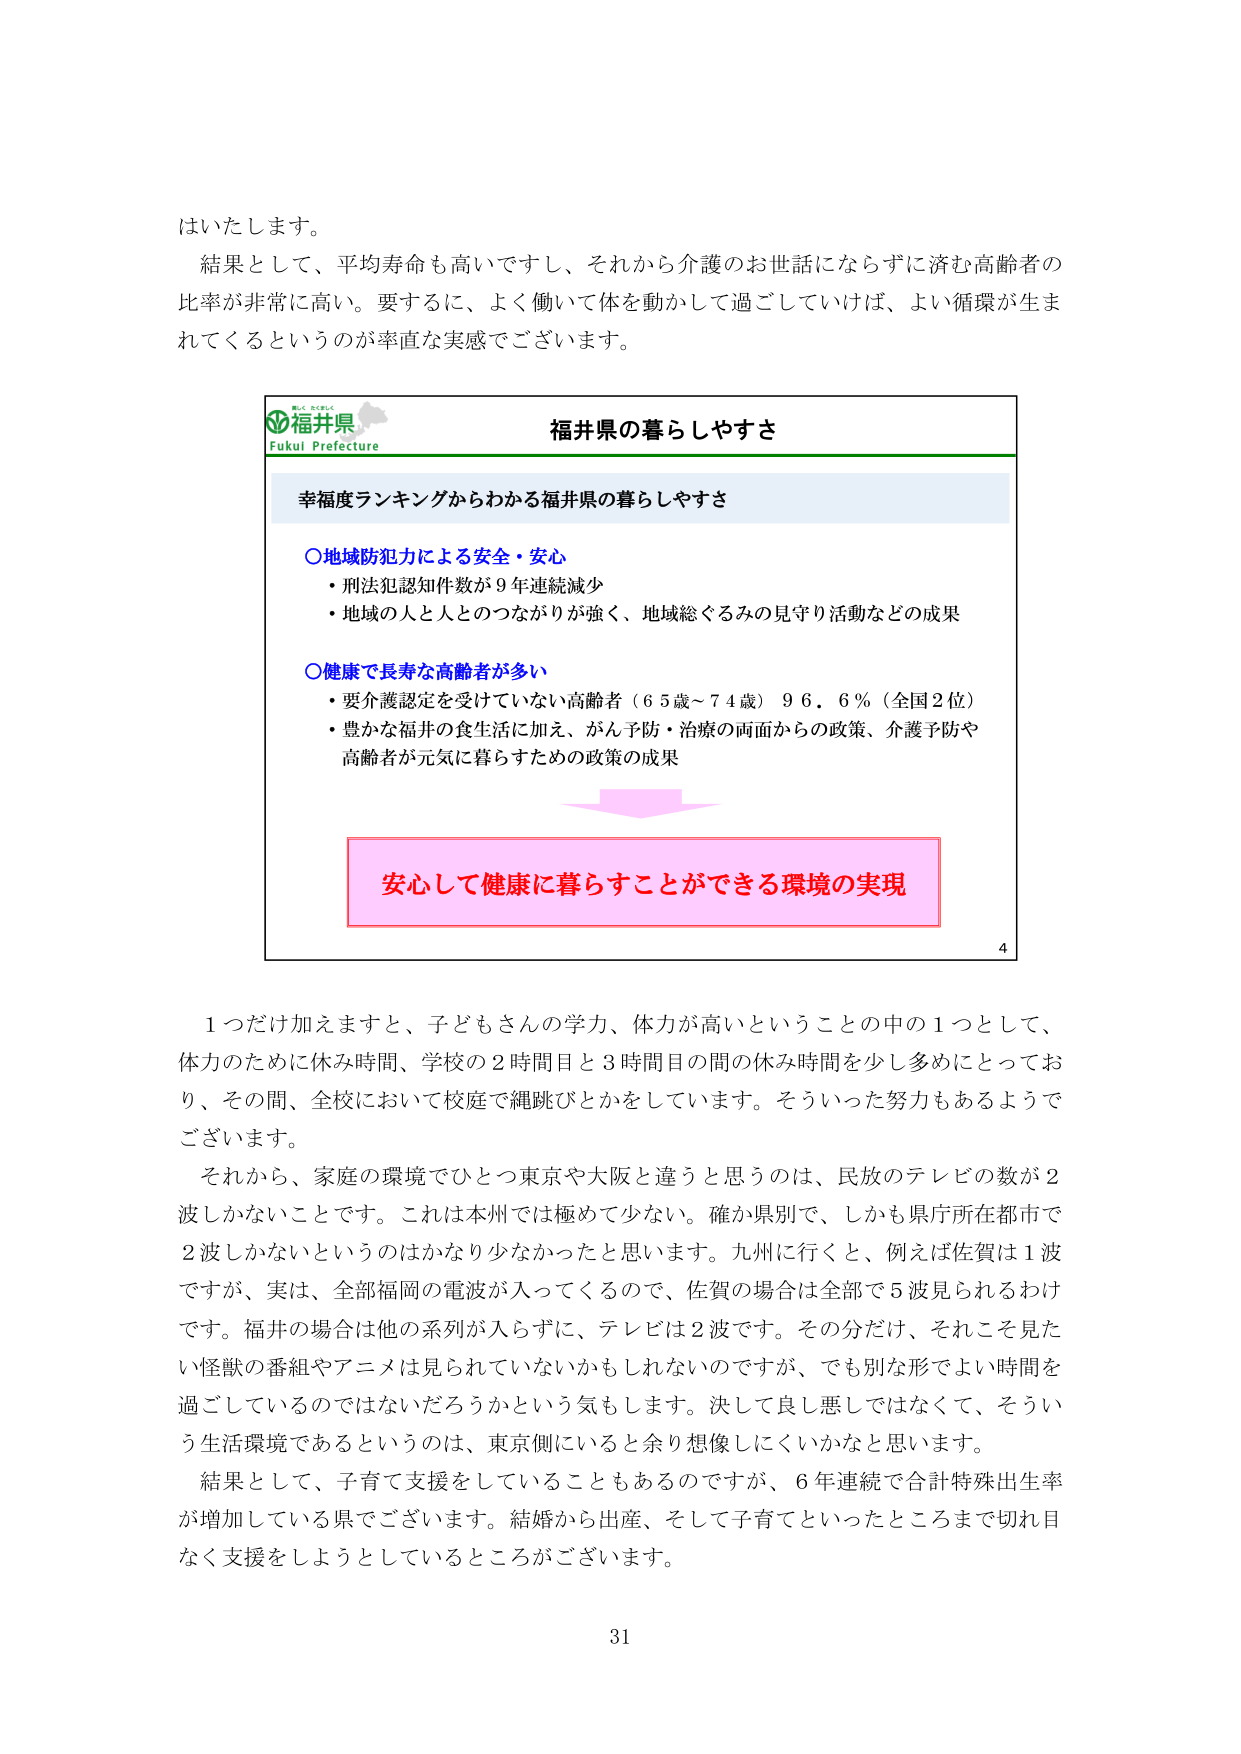
はいたします。

結果として、平均寿命も高いですし、それから介護のお世話にならずに済む高齢者の比率が非常に高い。要するに、よく働いて体を動かして過ごしていけば、よい循環が生まれてくるというのが率直な実感でございます。

福井県
Fukui Prefecture
福井県の暮らしやすさ

幸福度ランキングからわかる福井県の暮らしやすさ

〇地域防犯力による安全・安心
・刑法犯認知件数が９年連続減少
・地域の人と人とのつながりが強く、地域総ぐるみの見守り活動などの成果

〇健康で長寿な高齢者が多い
・要介護認定を受けていない高齢者（６５歳～７４歳）９６．６％（全国２位）
・豊かな福井の食生活に加え、がん予防・治療の両面からの政策、介護予防や高齢者が元気に暮らすための政策の成果

安心して健康に暮らすことができる環境の実現

4

１つだけ加えますと、子どもさんの学力、体力が高いということの中の１つとして、体力のために休み時間、学校の２時間目と３時間目の間の休み時間を少し多めにとっており、その間、全校において校庭で縄跳びとかをしています。そういった努力もあるようでございます。

それから、家庭の環境でひとつ東京や大阪と違うと思うのは、民放のテレビの数が２波しかないことです。これは本州では極めて少ない。確か県別で、しかも県庁所在都市で２波しかないというのはかなり少なかったと思います。九州に行くと、例えば佐賀は１波ですが、実は、全部福岡の電波が入ってくるので、佐賀の場合は全部で５波見られるわけです。福井の場合は他の系列が入らずに、テレビは２波です。その分だけ、それこそ見たい怪獣の番組やアニメは見られていないかもしれないのですが、でも別な形でよい時間を過ごしているのではないだろうかという気もします。決して良し悪しではなくて、そういう生活環境であるというのは、東京側にいると余り想像しにくいかなと思います。

結果として、子育て支援をしていることもあるのですが、６年連続で合計特殊出生率が増加している県でございます。結婚から出産、そして子育てといったところまで切れ目なく支援をしようとしているところがございます。

31